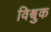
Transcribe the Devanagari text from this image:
विश्वुक